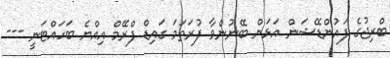
ބްރިޖުގެ ފައުންޑޭޝަން އަޅަން ބޭނުންވާ ފުރަތަމަ ގައިޑް ފްރޭމް އިއްޔެ ބަހައްޓަނީ ---